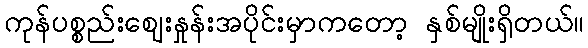
ကုန်ပစ္စည်းဈေးနှုန်းအပိုင်းမှာကတော့ နှစ်မျိုးရှိတယ်။